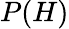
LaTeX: P(H)